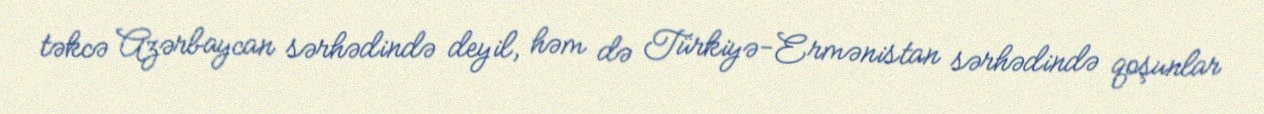
təkcə Azərbaycan sərhədində deyil, həm də Türkiyə-Ermənistan sərhədində qoşunlar